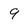
Character: 9